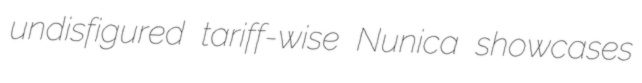
undisfigured tariff-wise Nunica showcases